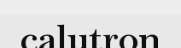
calutron